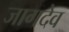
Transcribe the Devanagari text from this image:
जागदेव